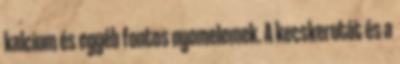
kalcium és egyéb fontos nyomelemek. A kecskerutát és a